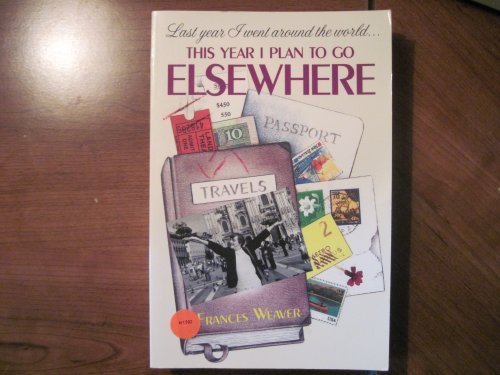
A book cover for This Year I Plan to Go Elsewhere; Frances Weaver; Travel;